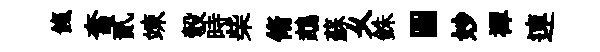
餼奮貳竦彀時柴脩鵡蘇乆銖圖妙襌連